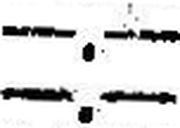
—.—